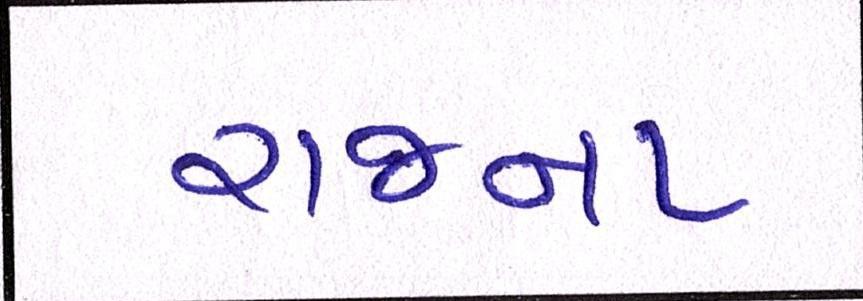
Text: રાજના